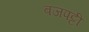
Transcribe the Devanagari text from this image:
बजपट्टी